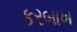
કરબાખ